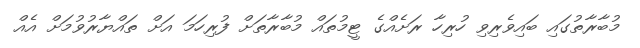
މުބާރާތުގައި ބައިވެރިވި ހުރިހާ ރަށެއްގެ ޓީމުތައް މުބާރާތަށް ފުރިހަމަ އަށް ތައްޔާރުވުމަށް އެއް